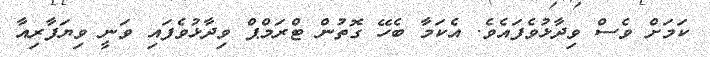
ކަމަށް ވެސް ވިދާޅުވެފައެވެ. އެކަމާ ބެހޭ ގޮތުން ޓްރަމްޕް ވިދާޅުވެފައި ވަނީ ވިޔަފާރިއާ